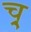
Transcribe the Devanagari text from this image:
च्र्